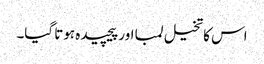
اس کا تخیل لمبا اور پیچیدہ ہوتا گیا۔